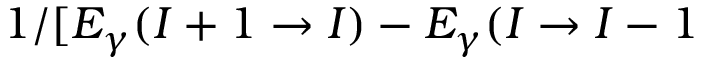
1 / [ E _ { \gamma } ( I + 1 \rightarrow I ) - E _ { \gamma } ( I \rightarrow I - 1